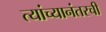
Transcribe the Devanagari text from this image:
त्यांच्यानंतरची